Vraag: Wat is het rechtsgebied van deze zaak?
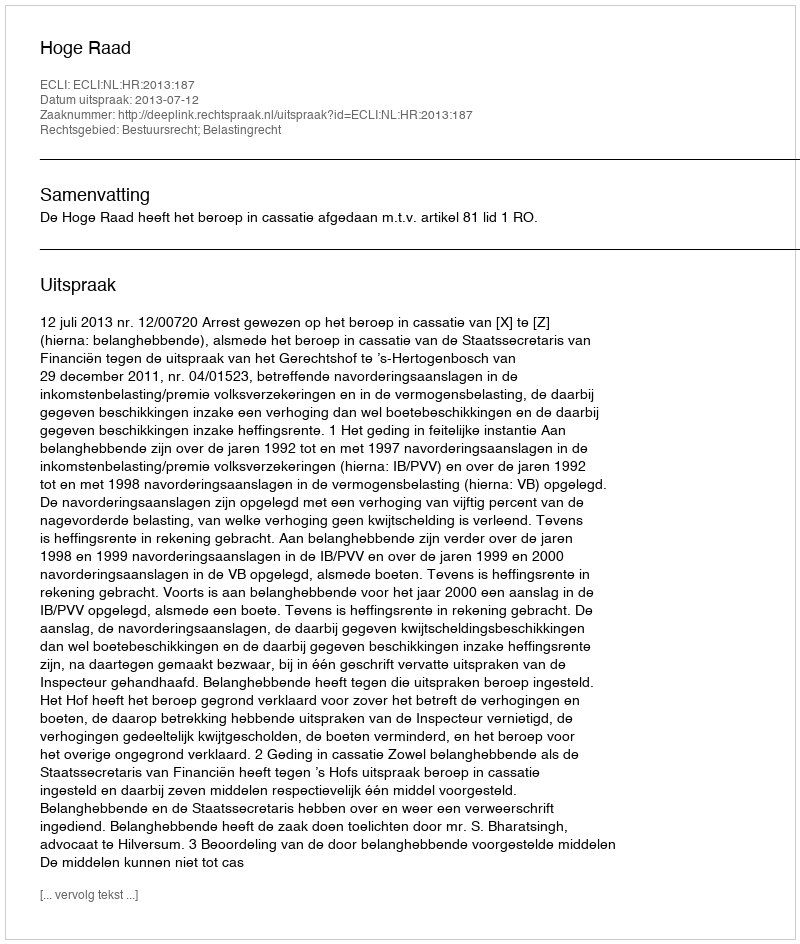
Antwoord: Bestuursrecht; Belastingrecht